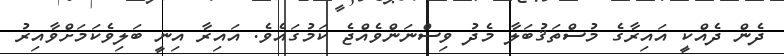
ދެން ދެއްކީ އައިރާގެ މުސްތަޤުބަލާ މެދު ވިސްނަންވެއްޖެ ކަމުގައެވެ. އައިރާ އިނީ ބަލިވެކަމަށްވާއިރު